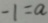
- 1 = a